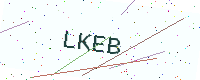
Text: LKEB